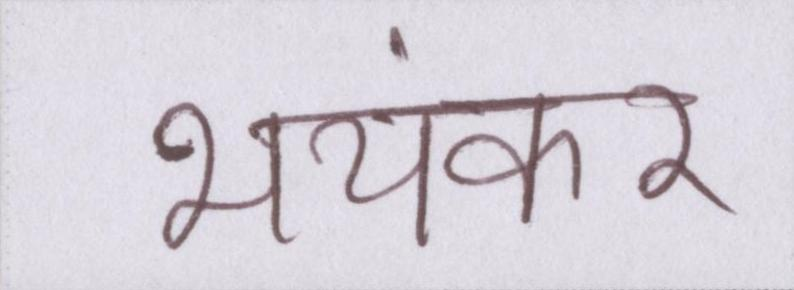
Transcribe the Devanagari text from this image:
भयंकर